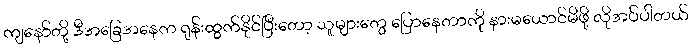
ကျနော်တို့ ဒီအခြေအနေက ရုန်းထွက်နိုင်ပြီးတော့ သူများတွေ ပြောနေတာကို နားမယောင်မိဖို့ လိုအပ်ပါတယ်